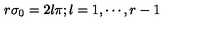
r \sigma _ { 0 } = 2 l \pi ; l = 1 , \cdots , r - 1